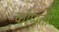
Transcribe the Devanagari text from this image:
कोप्पला